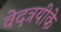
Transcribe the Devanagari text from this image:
वेदत्रयीके